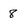
Character: 8